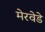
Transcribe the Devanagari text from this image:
मेरवेडे